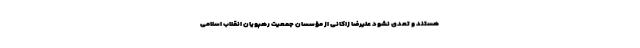
هستند و تعدی نشود علیرضا زاکانی از مؤسسان جمعیت رهپویان انقلاب اسلامی